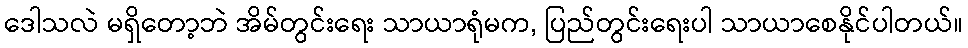
ဒေါသလဲ မရှိတော့ဘဲ အိမ်တွင်းရေး သာယာရုံမက, ပြည်တွင်းရေးပါ သာယာစေနိုင်ပါတယ်။